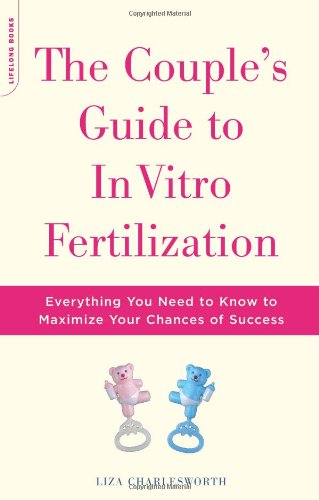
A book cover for The Couple's Guide To In Vitro Fertilization: Everything You Need To Know To Maximize Your Chances Of Success; Liza Charlesworth; Parenting & Relationships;